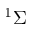
^ { 1 } \Sigma